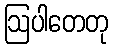
ဩပါတေတု